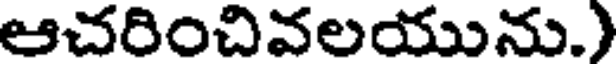
ఆచరించివలయును.)